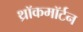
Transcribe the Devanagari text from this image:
थ्रॉकमॉर्टन